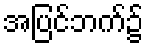
အပြင်ဘက်၌